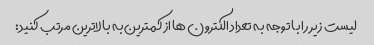
لیست زیر را با توجه به تعداد الکترون ها از کمترین به بالاترین مرتب کنید: